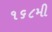
૧૬૮મી